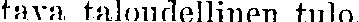
tava taloudellinen tulo.